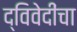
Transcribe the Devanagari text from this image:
द्विवेदींचा